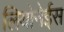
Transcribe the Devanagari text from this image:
लियोनेईस